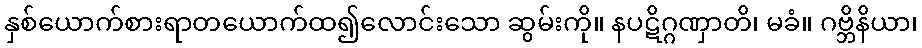
နှစ်ယောက်စားရာတယောက်ထ၍လောင်းသော ဆွမ်းကို။ နပဋိဂ္ဂဏှာတိ၊ မခံ။ ဂဗ္ဘိနိယာ၊